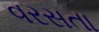
વરસતા